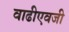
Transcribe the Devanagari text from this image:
वाढीएवजी